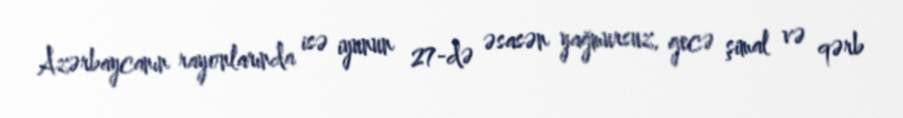
Azərbaycanın rayonlarında isə iyunun 27-də əsasən yağmursuz, gecə şimal və qərb